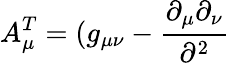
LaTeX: A_{\mu}^{T}=(g_{\mu\nu}-\frac{\partial_{\mu}\partial_{\nu}}{\partial^{2}}